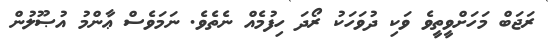
ރަޖަބް މަހަށްވީތީވެ ވަކި ދުވަހަކު ރޯދަ ހިފުމެއް ނެތެވެ. ނަމަވެސް ޢާންމު އުޞޫލުން